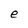
Character: e